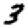
Digit: 3